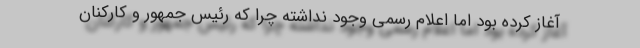
آغاز کرده بود اما اعلام رسمی وجود نداشته چرا که رئیس جمهور و کارکنان